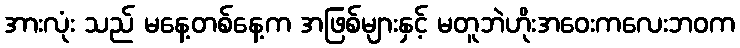
အားလုံး သည် မနေ့တစ်နေ့က အဖြစ်များနှင့် မတူဘဲဟိုးအဝေးကလေးဘဝက